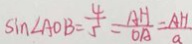
\sin \angle A O B = \frac { 4 } { 5 } = \frac { A H } { O A } = \frac { A H } { a }